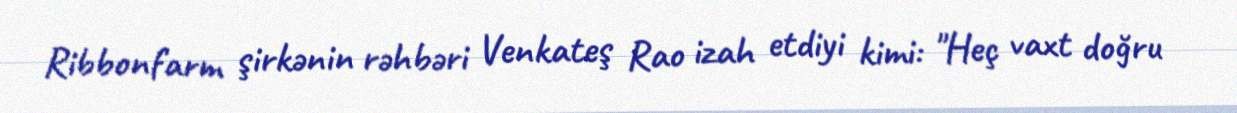
Ribbonfarm şirkənin rəhbəri Venkateş Rao izah etdiyi kimi: "Heç vaxt doğru